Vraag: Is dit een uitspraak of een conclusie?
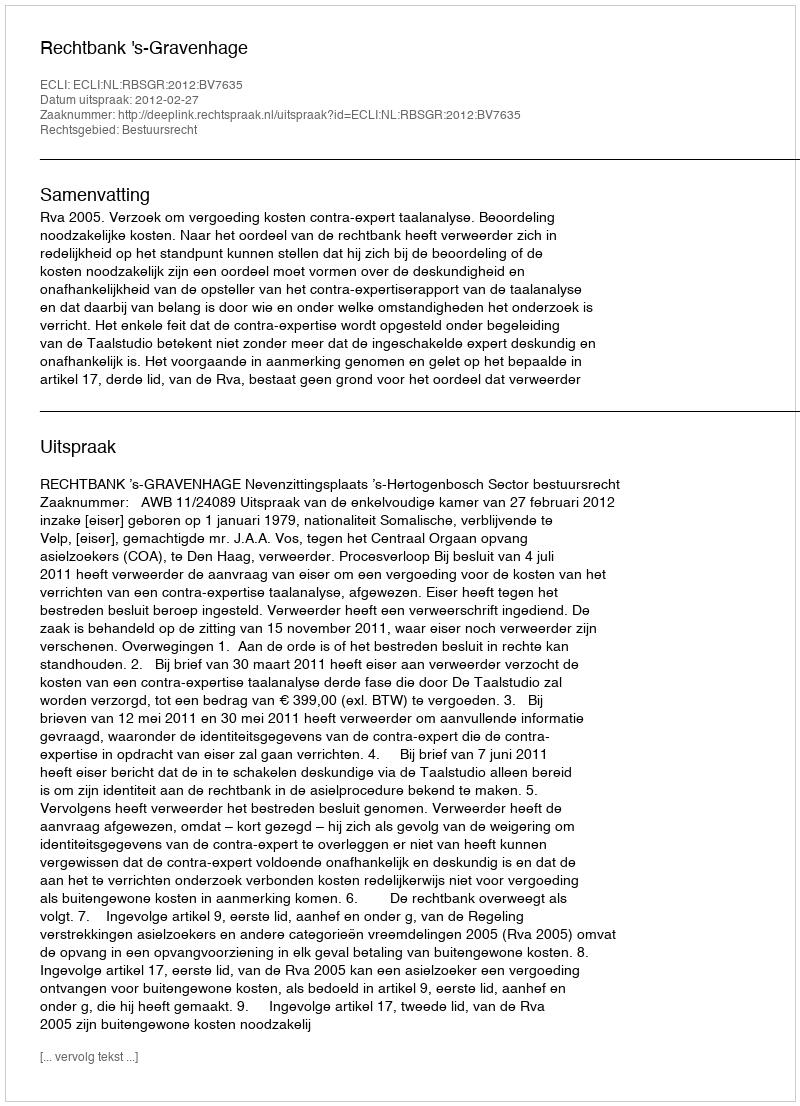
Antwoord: Uitspraak